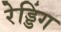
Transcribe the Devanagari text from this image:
रेड्डिंग